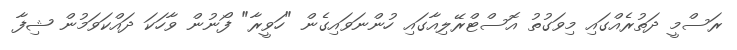
ރަސްމީ ދަތުރެއްގައި މިވަގުތު އޮސްޓްރޭލިއާގައި ހުންނަވައިގެން "ހަވީރާ" ފޯނުން ވާހަކަ ދައްކަވަމުން ޝިފާ